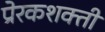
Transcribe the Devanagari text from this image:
प्रेरकशक्ती